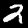
Label: 2